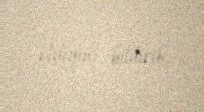
etdiyini bildirib.